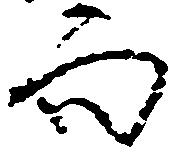
而